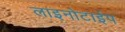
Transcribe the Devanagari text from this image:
लाइनोटाईप